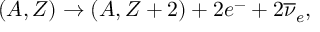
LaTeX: ( A , Z ) \rightarrow ( A , Z + 2 ) + 2 e ^ { - } + 2 { \overline { { { \nu } } } } _ { e } ,